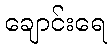
ချောင်းရေ